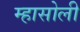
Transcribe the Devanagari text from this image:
म्हासोली